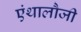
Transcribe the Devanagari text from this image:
एंथालौजी